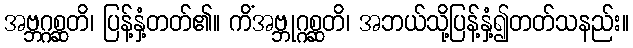
အဗ္ဘဂ္ဂစ္ဆတိ၊ ပြန့်နှံ့တတ်၏။ ကိံအဗ္ဘုဂ္ဂစ္ဆတိ၊ အဘယ်သို့ပြန့်နှံ့၍တတ်သနည်း။